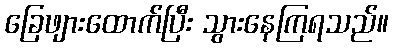
ခြေဖျားထောက်ပြီး သွားနေကြရသည်။